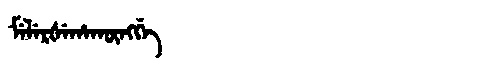
Manchu: ᠮᡝᠯᡝᡵᡧᡝᡥᠠᡴᡡᠩᡤᡝ
Romanization: MELERŠEHAKŪNGGE